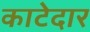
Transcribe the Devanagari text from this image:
काटेदार